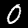
Digit: 0